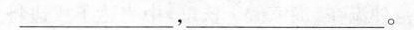
___，___。